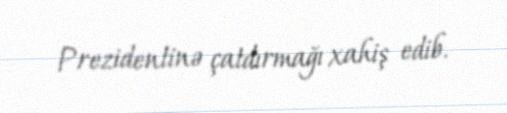
Prezidentinə çatdırmağı xahiş edib.